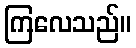
ကြလေသည်။